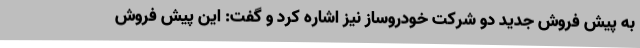
به پیش فروش جدید دو شرکت خودروساز نیز اشاره کرد و گفت: این پیش فروش